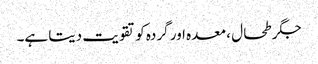
جگر طحال ، معدہ اور گردہ کو تقویت دیتا ہے۔